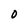
Character: 0